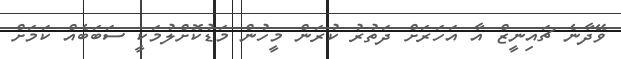
ވޭދާނެ ޗައިނީޒް އާ އަހަރަށް ދަތުރު ކުރަން މީހުން މަޑުކޮށްލުމަކީ ސަބަބެއް ކަމަށް